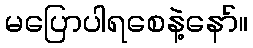
မပြောပါရစေနဲ့နော်။